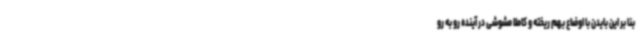
بنا بر این بایدن با اوضاع بهم ریخته و کاملا مشوشی در آینده رو به رو